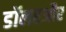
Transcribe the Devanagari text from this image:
डॉलरऔर